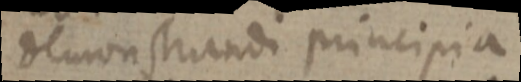
demonstrandi principia